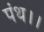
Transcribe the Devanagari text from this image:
पंथ।।